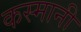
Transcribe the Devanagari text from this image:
कस्मानी